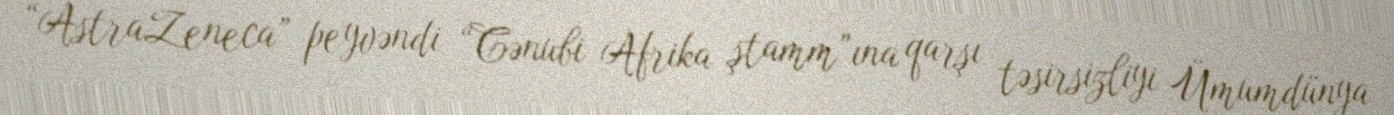
“AstraZeneca” peyvəndi “Cənubi Afrika ştamm”ına qarşı təsirsizliyi Ümumdünya